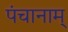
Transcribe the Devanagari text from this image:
पंचानाम्